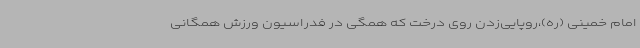
امام خمینی (ره)،روپایی‌زدن روی درخت که همگی در فدراسیون ورزش همگانی